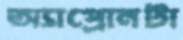
অ্যাপ্রোনটা